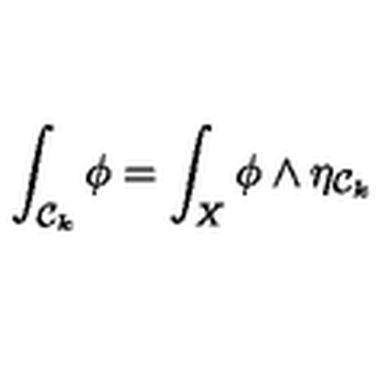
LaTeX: \int _ { { \cal { C } } _ { k } } \phi = \int _ { X } \phi \wedge \eta _ { { \cal { C } } _ { k } }